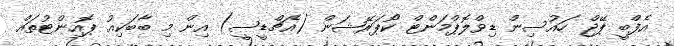
އެފްބީ ޕޭޖް ހައުސިން ޑިވްލޮޕްމަންޓް ކޯޕަރޭޝަން (އެޗްޑީސީ) އިން މި ބާބަކިއު ޕޮއިންޓުތައް